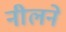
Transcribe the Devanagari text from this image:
नीलने